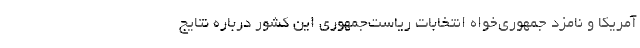
آمریکا و نامزد جمهوری‌خواه انتخابات ریاست‌جمهوری این کشور درباره نتایج